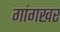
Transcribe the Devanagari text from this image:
गांगखर